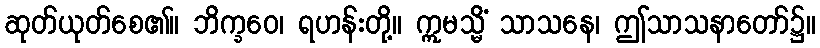
ဆုတ်ယုတ်စေ၏။ ဘိက္ခဝေ၊ ရဟန်းတို့။ ဣမသ္မိံ သာသနေ၊ ဤသာသနာတော်၌။